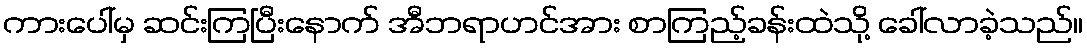
ကားပေါ်မှ ဆင်းကြပြီးနောက် အီဘရာဟင်အား စာကြည့်ခန်းထဲသို့ ခေါ်လာခဲ့သည်။